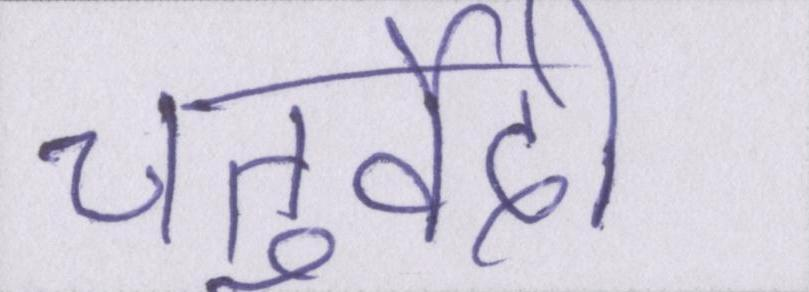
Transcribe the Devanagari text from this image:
चतुर्वेदी